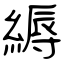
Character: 縟